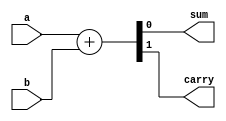
`timescale 1ns / 1ps

module half_adder_df(
    input a,
    input b,
    output sum,
    output carry
    );
    assign {carry,sum} = a+b;
endmodule